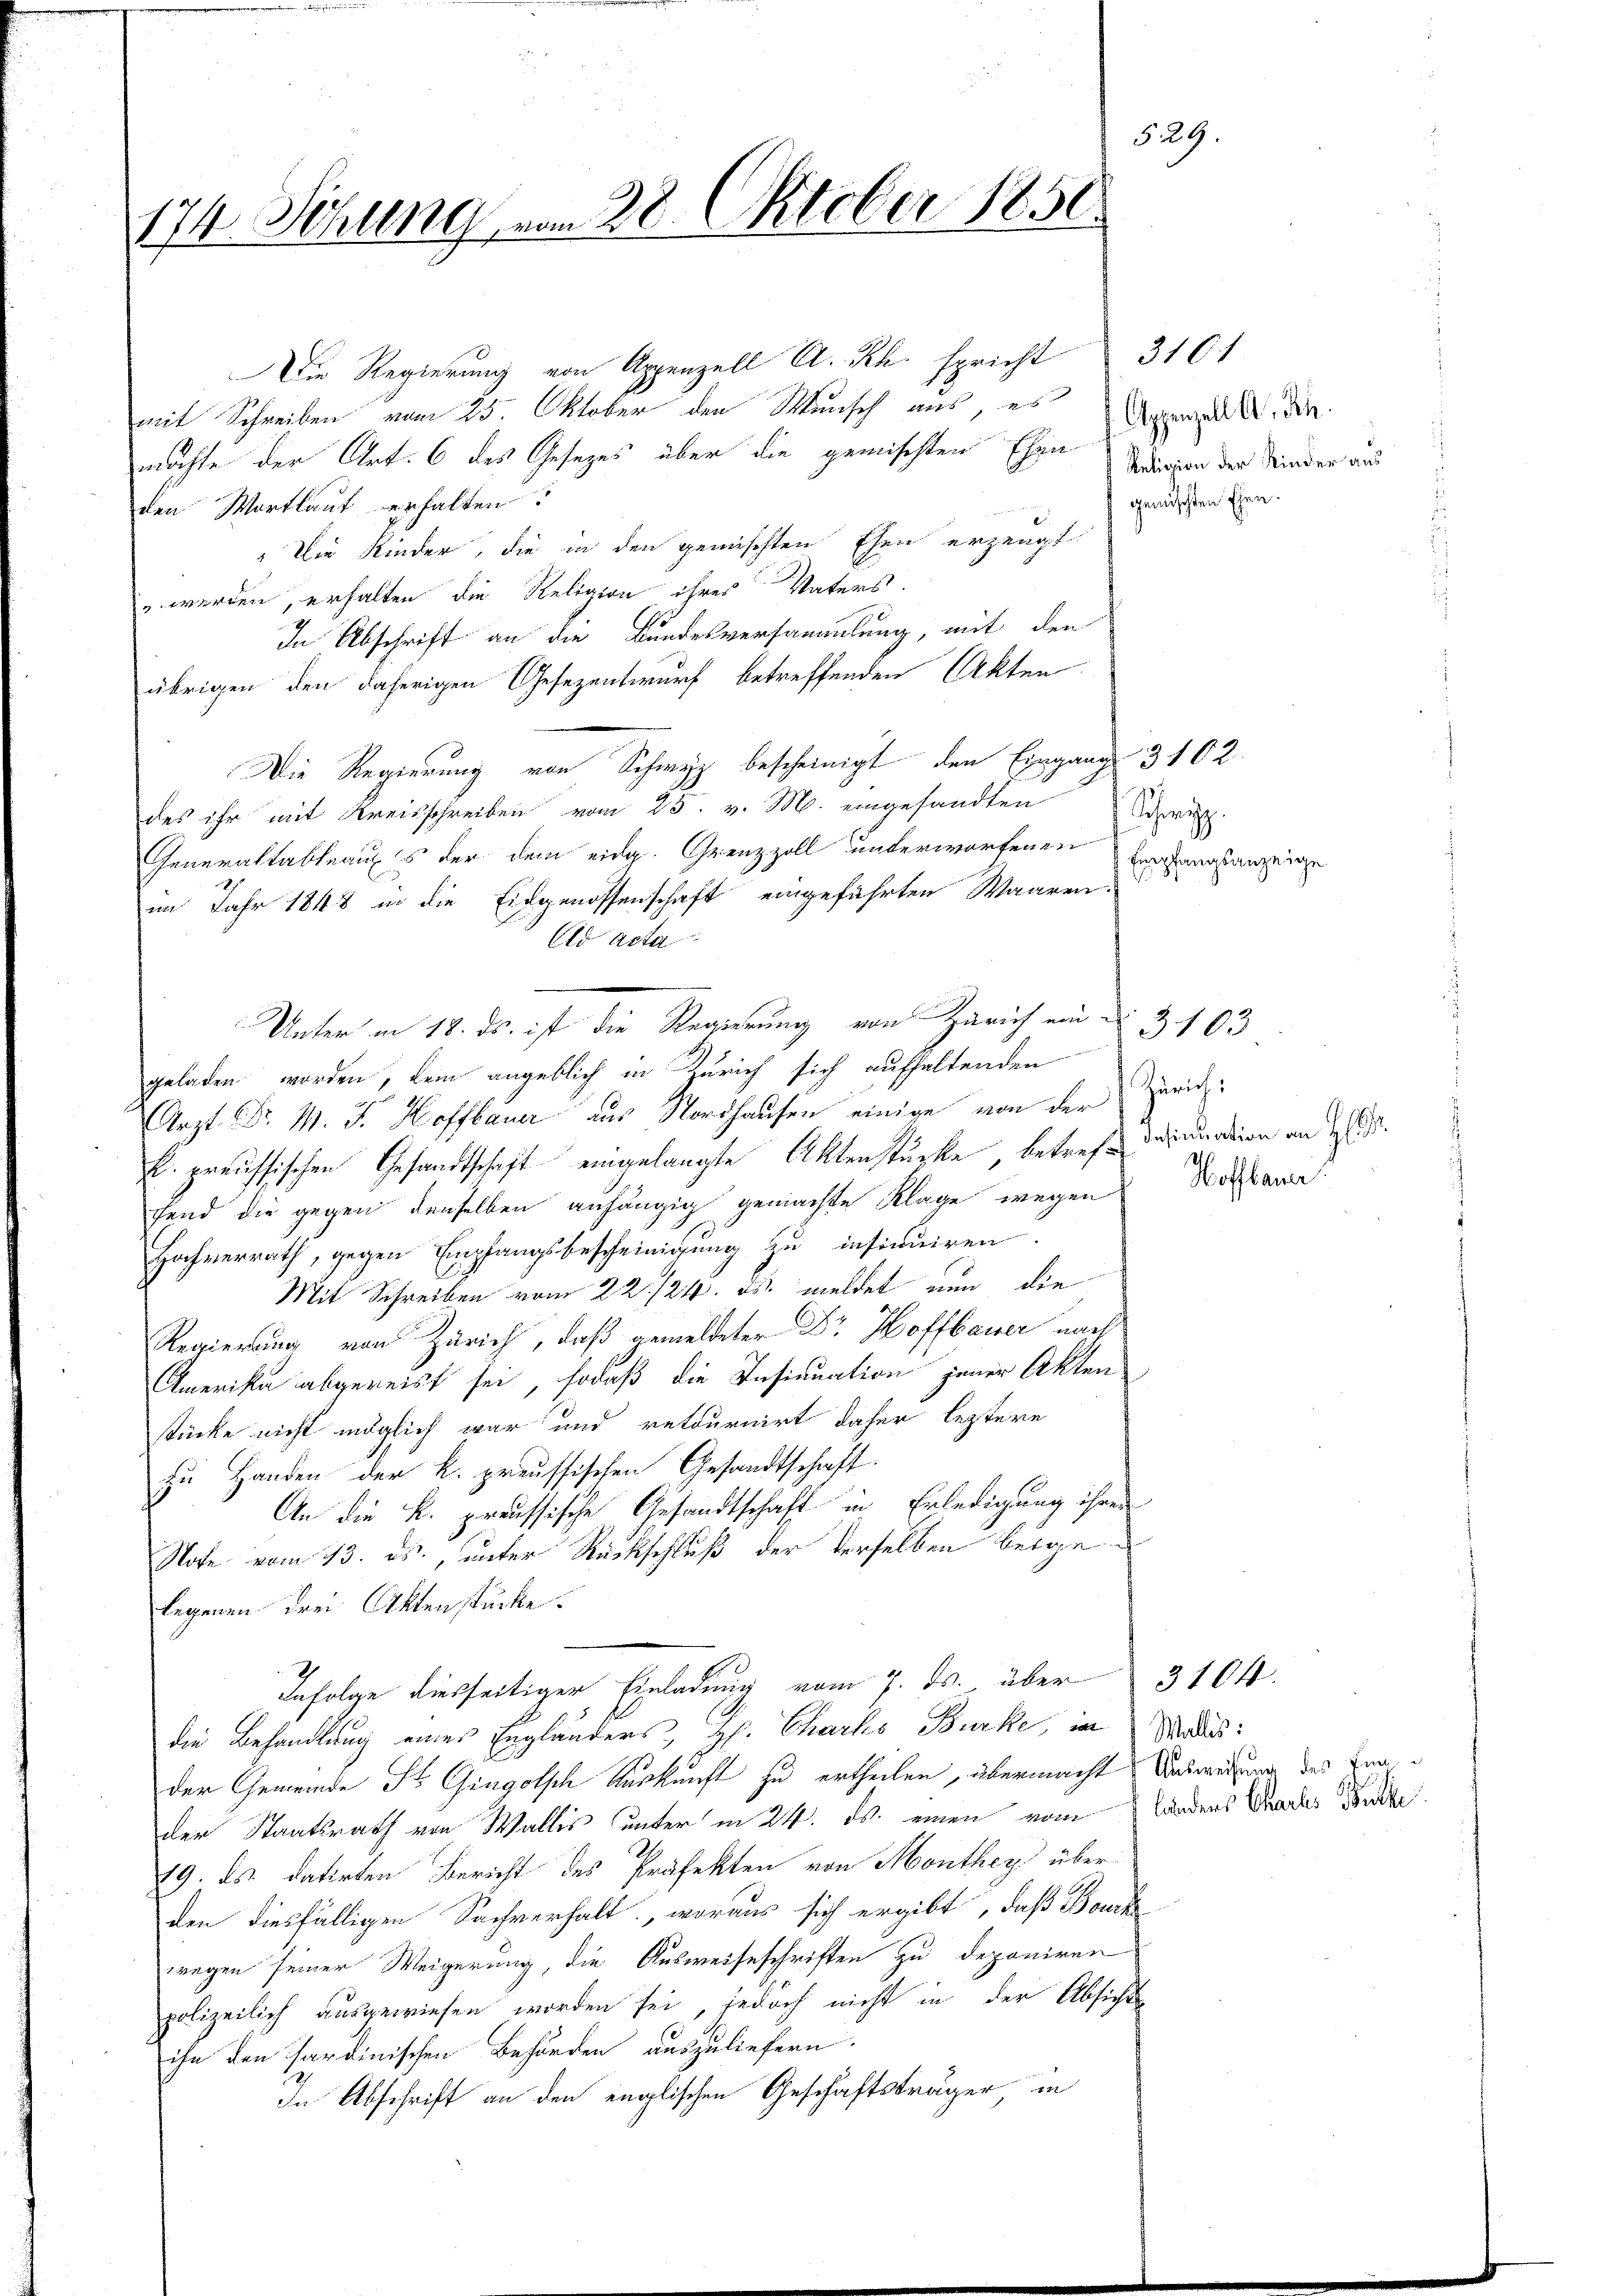
5229.
174. Sitzung vom 28. Oktober 1850.

Die Regierung von Appenzell A. Rh. spricht 3101
mit Schreiben vom 25. Oktober den Wunsch aus, es
möchte der Art. 6 des Gesetzes über die gemischten Ehen Dingen der Kinder aus
den Wortlaut erhalten.
Die Kinder, die in den gemischten Ehen erzeugt
u werden, erhalten die Religion ihres Vaters.
In Abschrift an die Bundesversammlung, mit den
übrigen den daherigen Gesezentwurf betreffenden Akten
Die Regierung von Schwyz bescheinigt, den Eingang 3102.
des ihr mit Kreisschreiben vom 23. v. M. eingesandten Drit
Generaltableaus der dem eidg. Grenzzoll unterworfenen
im Jahr 1848 in die Eidgenossenschaft eingeführten Waaren-
Ad Acta
Unter in 18. ds. ist die Regierung von Zürich von 3 103
geladen worden, dem angeblich in Zürich sich aufhaltenden
Arzt Fr. M. J. Hoffbauer aus Nordhausen einige von der
E. preussischen Gesandtschaft eingelangte Aktenstücke, betreff ddinuation am 26.
fend die gegen denselben anhängig gemachte Klage wegen Nothlande
Hochverrath, gegen Empfangsbescheinigung zu insinuiren.
Mit Schreiben vom 22./24. ds. meldet nun die
Regierung von Zürich, daß gemeldeter Dr Hoffbauer nach
Amerika abgereist sei, sodaß die Insinuation jener Akten
stücke nicht möglich war und retournirt daher leztere
zu Handen der k. preussischen Gesandtschaft.
An die k. preussische Gesandtschaft in Erledigung ihrer
Note vom 13. ds., unter Rückschluß der derselben beigelegenen drei Aktenstücke.
Infolge diesseitiger Einladung vom 7. ds. über 3104.
die Behandlung eines Engländers, H. Charks Bürke, in Mordes:
der Gemeinde Fr. Gingolsch Auskunft zu ertheilen, übermacht abweisung des Einder Staatsrath von Wallis unter in 24. ds. einen vom Landers Grades Pete
19. ds. datirten Bericht des Präfekten von Monthey über
S
den diesfälligen Sachverhalt, woraus sich ergibt, daß Bourk
wegen seiner Weigerung, die Ausweiseschriften zu deponiren
polizeilich ausgewiesen worden sei, jedoch nicht in der Absichts
ihn den sardinischen Behörden auszuliefern.
In Abschrift an den englischen Geschäftsträger in

Appenzell A.- Rh.
gemischten Ehen.

Empfangsanzeige

Zürich: